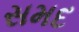
સમદ